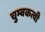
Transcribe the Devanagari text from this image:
चुम्बकत्वी